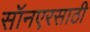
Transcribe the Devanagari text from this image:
सॉनएरसाठी